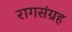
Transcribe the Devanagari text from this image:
रागसंग्रह